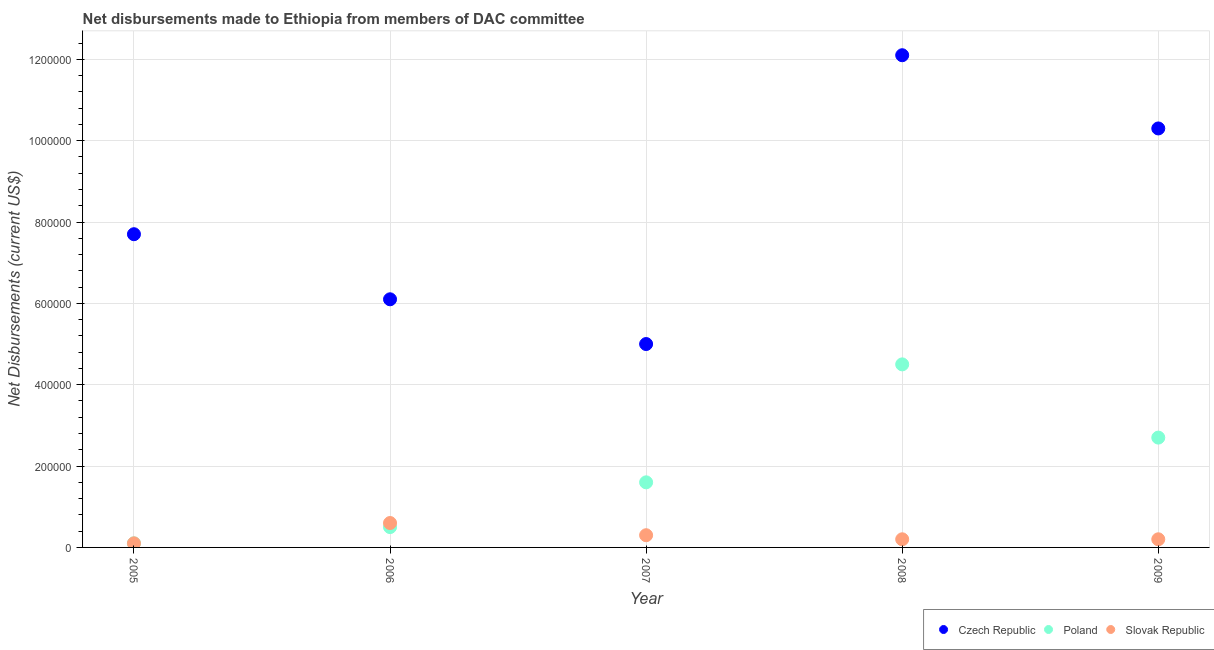
| Year | Czech Republic | Poland | Slovak Republic |
 | --- | --- | --- | --- |
 | 2005 | 7.7e+05 | 1e+04 | 1e+04 |
 | 2006 | 6.1e+05 | 5e+04 | 6e+04 |
 | 2007 | 5e+05 | 1.6e+05 | 3e+04 |
 | 2008 | 1.21e+06 | 4.5e+05 | 2e+04 |
 | 2009 | 1.03e+06 | 2.7e+05 | 2e+04 |